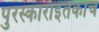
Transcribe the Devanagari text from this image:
पुरस्काराइतकाच